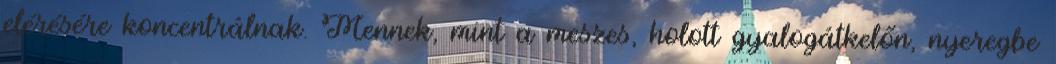
elérésére koncentrálnak. Mennek, mint a meszes, holott gyalogátkelőn, nyeregbe